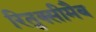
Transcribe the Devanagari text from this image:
रितुक्सीमैब